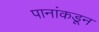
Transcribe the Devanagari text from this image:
पानांकडून